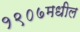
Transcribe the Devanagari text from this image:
१९०७मधील